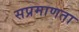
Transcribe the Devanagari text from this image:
सप्रमाणता